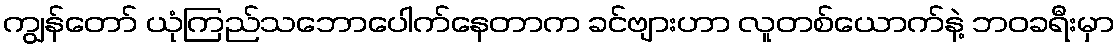
ကျွန်တော် ယုံကြည်သဘောပေါက်နေတာက ခင်ဗျားဟာ လူတစ်ယောက်နဲ့ ဘဝခရီးမှာ